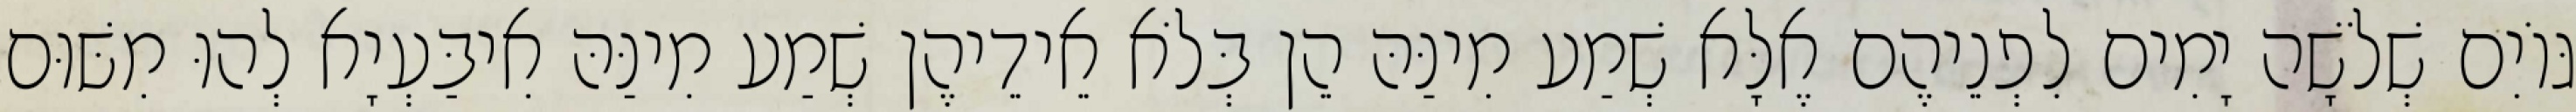
גּוֹיִם שְׁלֹשָׁה יָמִים לִפְנֵיהֶם אֶלָּא שְׁמַע מִינַּהּ הֵן בְּלֹא אֵידֵיהֶן שְׁמַע מִינַּהּ אִיבַּעְיָא לְהוּ מִשּׁוּם